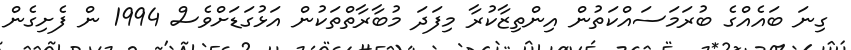
ގިނަ ބައެއްގެ ބުރަމަސައްކަތުން އިންތިޒާކުރާ މިފަދަ މުބާރާތްތަކުން އަޅުގަޑަށްވެސް 1994 ން ފެށިގެން